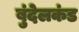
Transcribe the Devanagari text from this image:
बुंदेलकंड